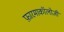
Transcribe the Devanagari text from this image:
फ़ारमाकॉलोजी